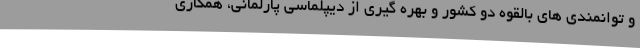
و توانمندی های بالقوه دو کشور و بهره گیری از دیپلماسی پارلمانی، همکاری